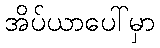
အိပ်ယာပေါ်မှာ